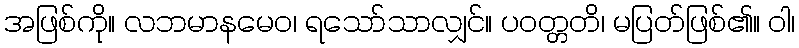
အဖြစ်ကို။ လဘမာနမေဝ၊ ရသော်သာလျှင်။ ပဝတ္တတိ၊ မပြတ်ဖြစ်၏။ ဝါ၊